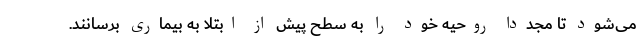
می‌شود تا مجددا روحیه خود را به سطح پیش از ابتلا به بیماری برسانند.